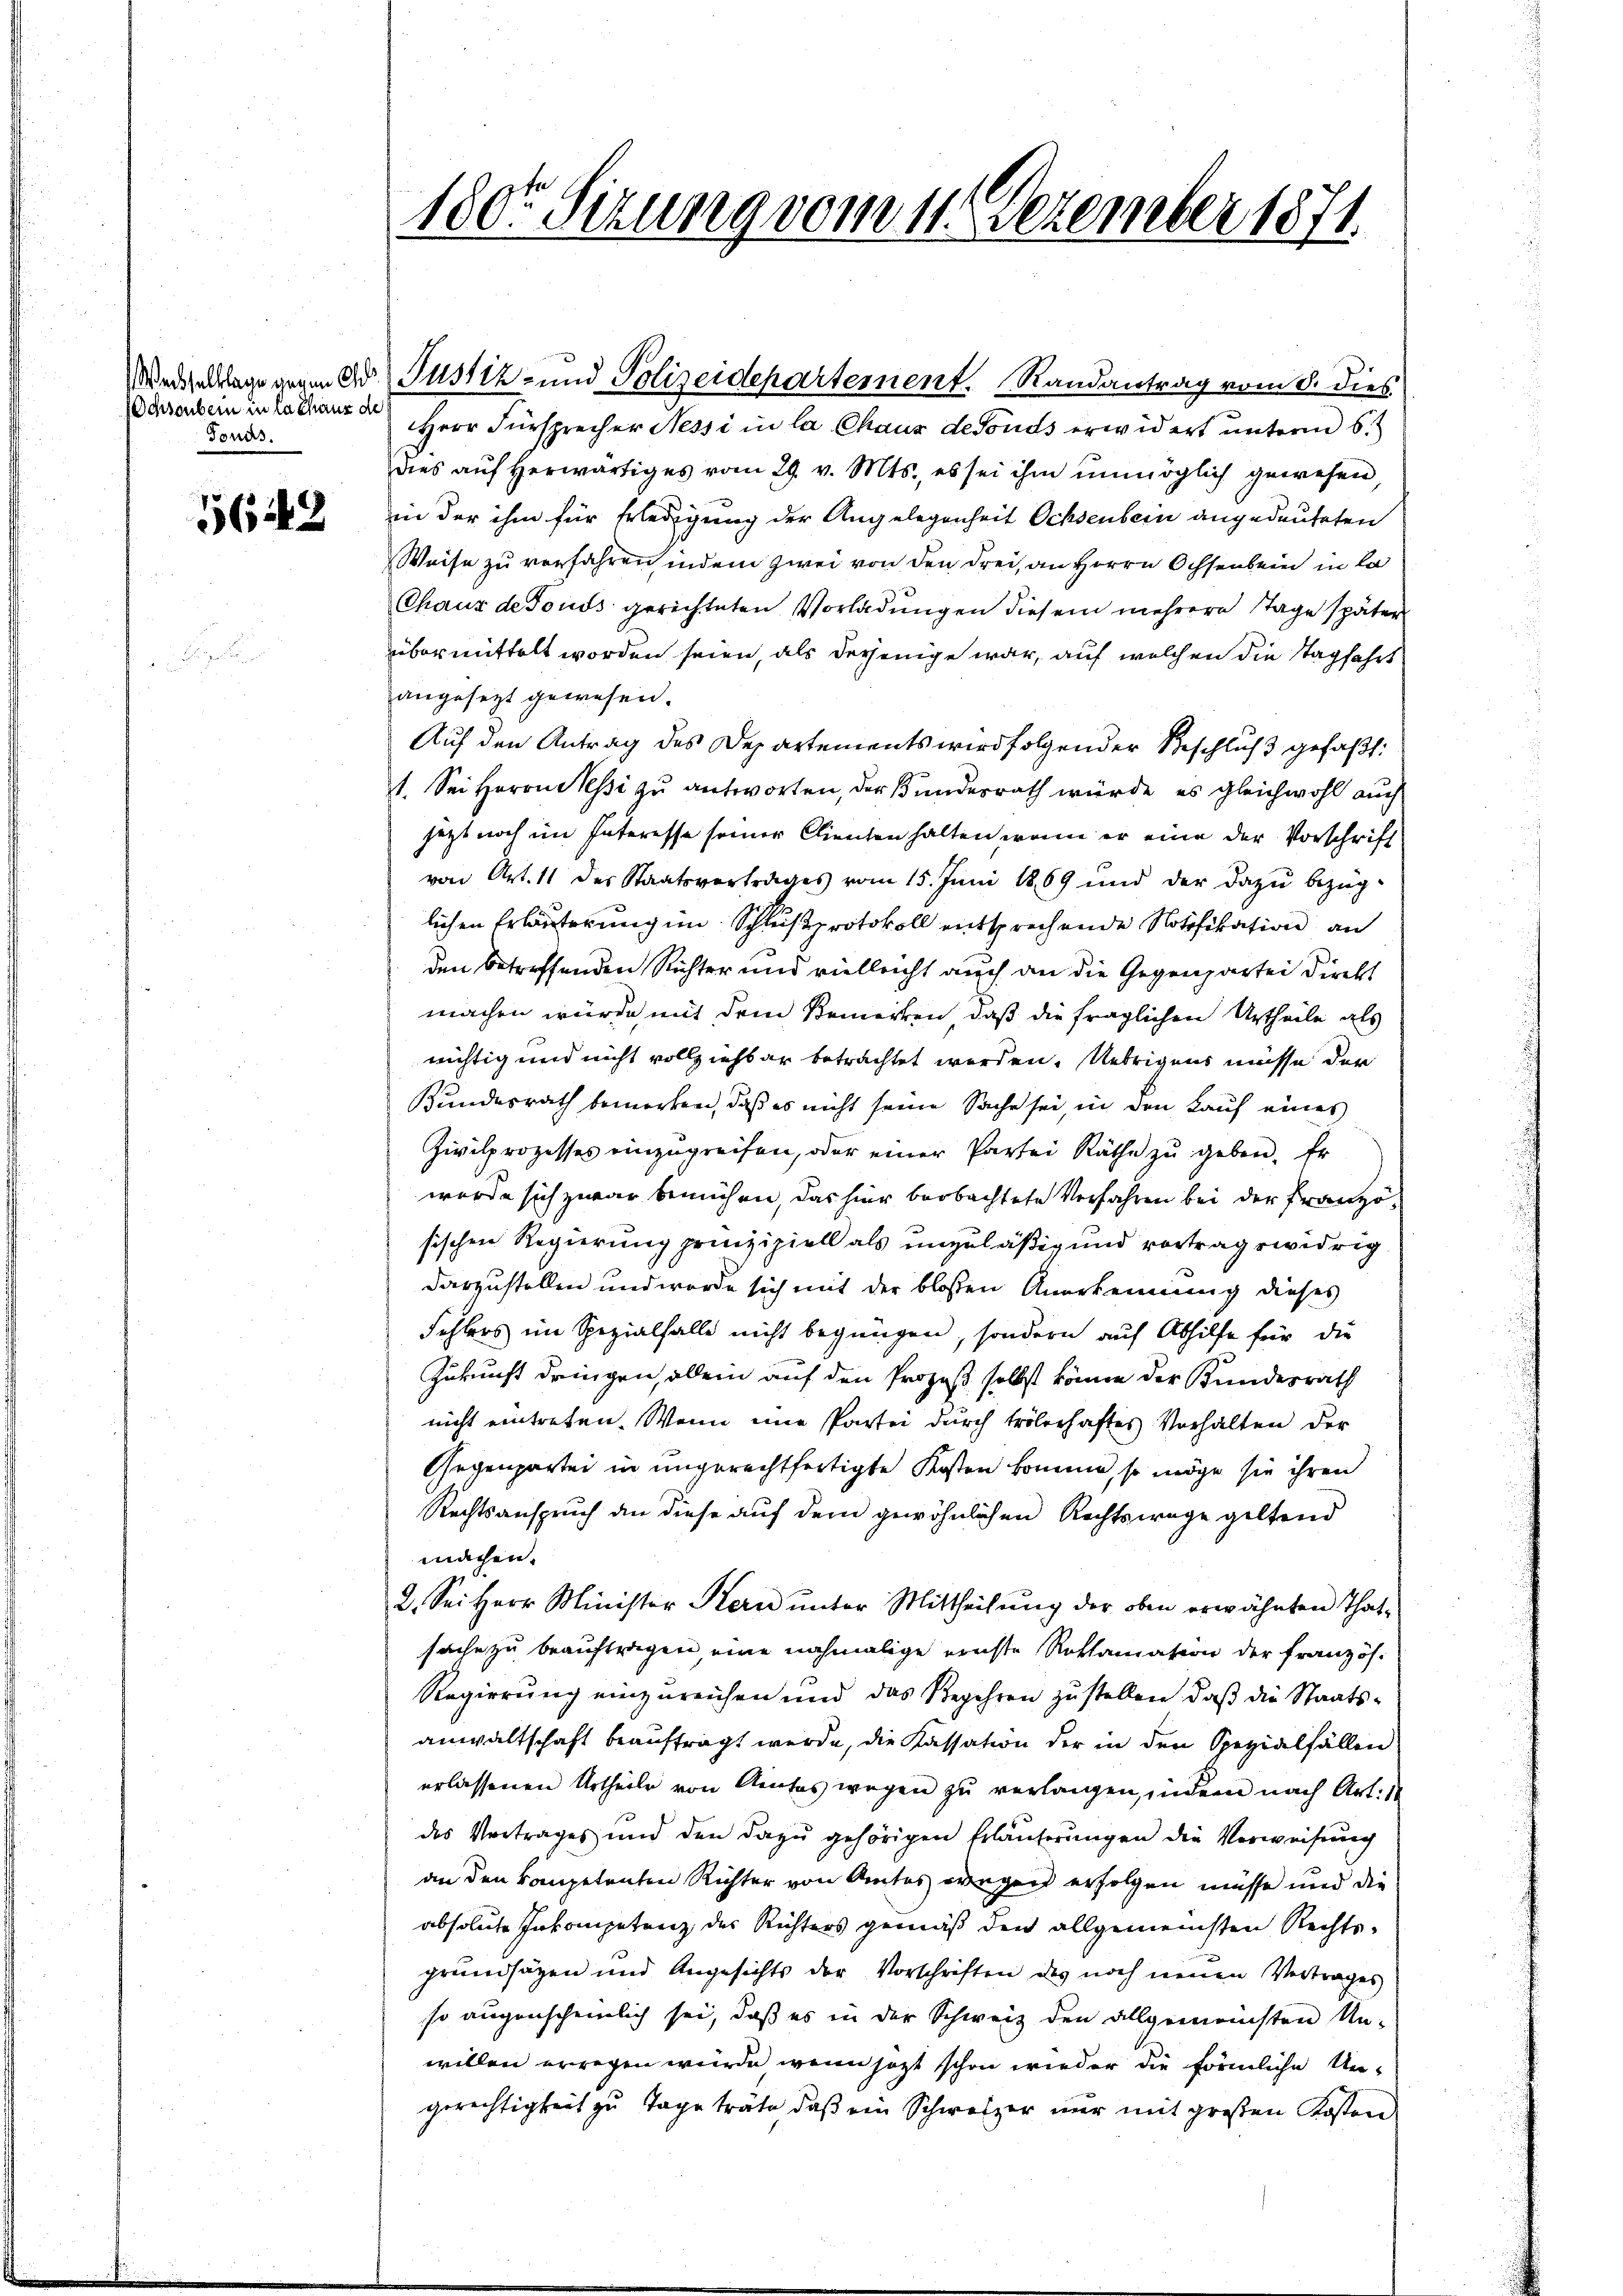
Schronbern in la chaus de
Tonas.

5642

180te Sitzung vom 11. Dezember 1871

Wedgeklage gegen Dr Justiz- und Polizeidepartement. Randantrag vom 8. dies
Herr Fürsprecher Nessi in la Chaus de fonds erwidert unterm 6t
dies aŭf herwärtiges vom 29. v. Mts., es sei ihm unmöglich gewesen,
in der ihm für Erledigung der Angelegenheit Ochsenbern angedeuteten
Weise zu verfahren, indem zwei von den drei, an Herrn Ochsenbein in la
Chaux de Fonds gerichteten Vorladungen diesem mehrere Tage später
übermittelt worden seien, als derjenige war, auf welchen die Stagfahrt
angesezt gewesen.
Auf den Antrag des Departements wird folgender Beschluß gefaßt:
1. Sei Herrn Sessi zu antworten, der Bundesrath würde, es gleichwohl auch
jetzt noch im Interesse seiner Clienten halten, wenn er eine der Vorschrift
von Art. 11 des Staatsvertrages vom 15. Juni 1869 und der dazu bezüg-
lichen Erläuterung im Schlußprotokoll entsprechende Notifikation an
den betreffenden Richter und vielleicht auch an die Gegenpartei Direkt
machen würde mit dem Bemerken, daß die fraglichen Urtheile als
nichtig und nicht vollziehbar betrachtet werden. Uebrigens müsse der
Bundesrath bemerken, daß es nicht seine Sache sei, in den Kauf eines
Zivilprozesses einzugreifen, oder einer Partei Räthe zu geben. Er
wurde sich zwar bemühen, das hier beobachtete Verfahren bei der Französischen Regierung prinzipiell als unzuläßig und vortragswidrig
darzustellen und werde sich mit der bloßen Anerkennung dieses
Fehlers im Spezialfalle nicht begnügen, sondern auf Abhilfe für die
Zukunft dringen, allein auf den Prozeß selbst könne der Bundesrath
nicht eintreten. Wenn eine Partei durch trölerhaftes Verhalten der
Gegenpartei in ungerechtfertigte Kosten komme, so möge sie ihren
Rechtsanspruch an diese auf dem gewöhnlichen Rechtswege geltend
machen.
2. Sei Herr Minister Kern ŭnter Mittheilŭng der oben erwähnten That-
sache zu beauftragen, eine nochmalige ernste Reklamation der Französ.
Regierung einzureichen und das Begehren zu stellen, daß die Staatsanwaltschaft beauftragt werde, die Kassation der in den Spezialfällen
erlassenen Urtheile von Amtes wegen zu verlangen, indem nach Art. 1
des Vortrages und den dazu gehörigen Erläuterungen die Verweisung
an den kompetenten Richter von Amtes wegen erfolgen müsse und die
absolute Inkompetenz der Richters gemäß den allgemeinsten Rechtsgrundsätzen und Angesichts der Vorschriften des noch neuen Vertrages
so augenscheinlich sei, daß es in der Schweiz den allgemeinsten Un-
willen erwegen würde, wenn jezt schon wieder die förmliche Un-
gerechtigkeit zu Tage träte, daß ein Schweizer nur mit großen Kosten